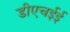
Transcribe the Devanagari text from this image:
डीएचईई